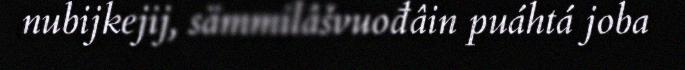
nubijkejij, sämmilâšvuođâin puáhtá joba